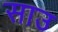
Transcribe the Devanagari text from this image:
साउ